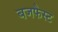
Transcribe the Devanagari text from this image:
बजफैस्ट